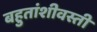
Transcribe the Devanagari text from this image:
बहुतांशीवस्ती